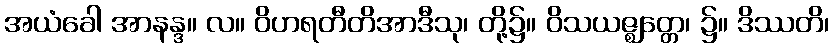
အယံခေါ အာနန္ဒ။ လ။ ဝိဟရတီတိအာဒီသု၊ တို့၌။ ဝိသယဇ္ဈတ္တေ၊ ၌။ ဒိဿတိ၊